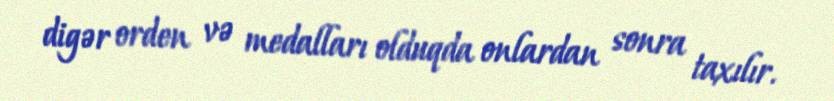
digər orden və medalları olduqda onlardan sonra taxılır.